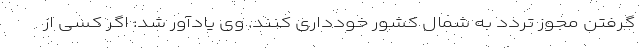
گرفتن مجوز تردد به شمال کشور خودداری کنند. وی یادآور شد: اگر کسی از